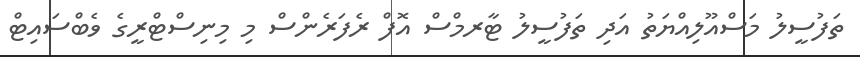
ތަފުސީލު މަސްއޫލިއްޔަތު އަދި ތަފުސީލު ޓާރމްސް އޮފް ރެފަރެންސް މި މިނިސްޓްރީގެ ވެބްސައިޓް